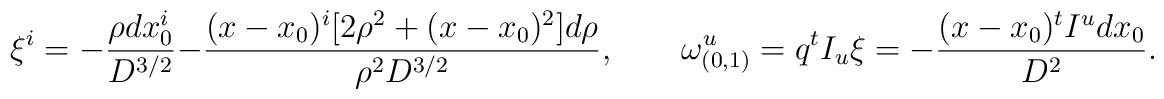
\xi^i=-{\rho dx_0^i\over D^{3/2}}-{(x-x_0)^i[2\rho^2+(x-x_0)^2]d\rho\over \rho^2 D^{3/2}},\quad\quad\omega^u_{(0,1)}=q^tI_u\xi=-{(x-x_0)^tI^udx_0\over D^2}.